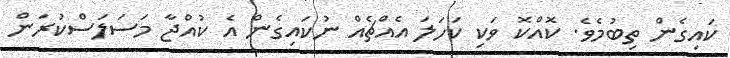
ކައިގެން ތިބުމެވެ. ކޮއްކޮ ވަކި ކަހަލަ އެއްޗެއް ނުކައިގެން އެ ކުއްޖާ މަސަލަސްކުރަން